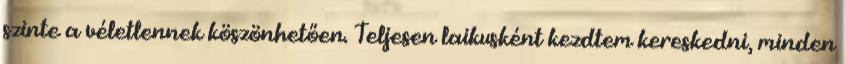
szinte a véletlennek köszönhetően. Teljesen laikusként kezdtem kereskedni, minden